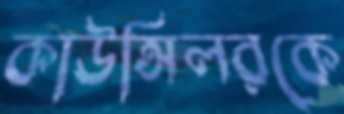
কাউন্সিলরকে